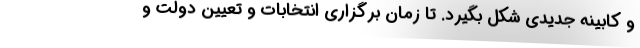
و کابینه جدیدی شکل بگیرد. تا زمان برگزاری انتخابات و تعیین دولت و